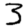
Digit: 3